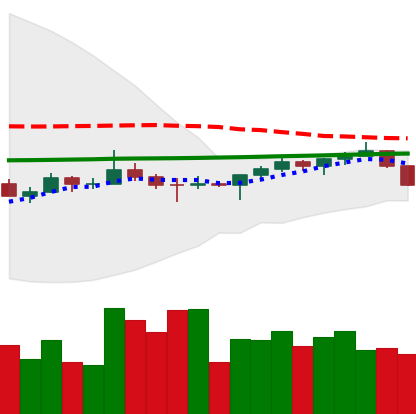
Ticker: TRX-USD
Chart end date: 2022-07-11
Forward return: 6.457%
Label: up_5_7